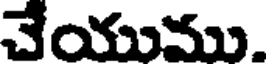
చేయుము.